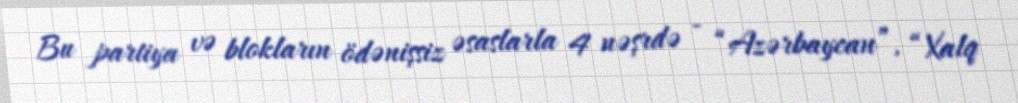
Bu partiya və blokların ödənişsiz əsaslarla 4 nəşrdə - “Azərbaycan”, “Xalq